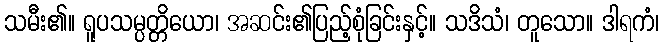
သမီး၏။ ရူပသမ္ပတ္တိယော၊ အဆင်း၏ပြည့်စုံခြင်းနှင့်။ သဒိသံ၊ တူသော။ ဒါရကံ၊